Calcutta medical institutions reports 1892-1900
Year: 1892
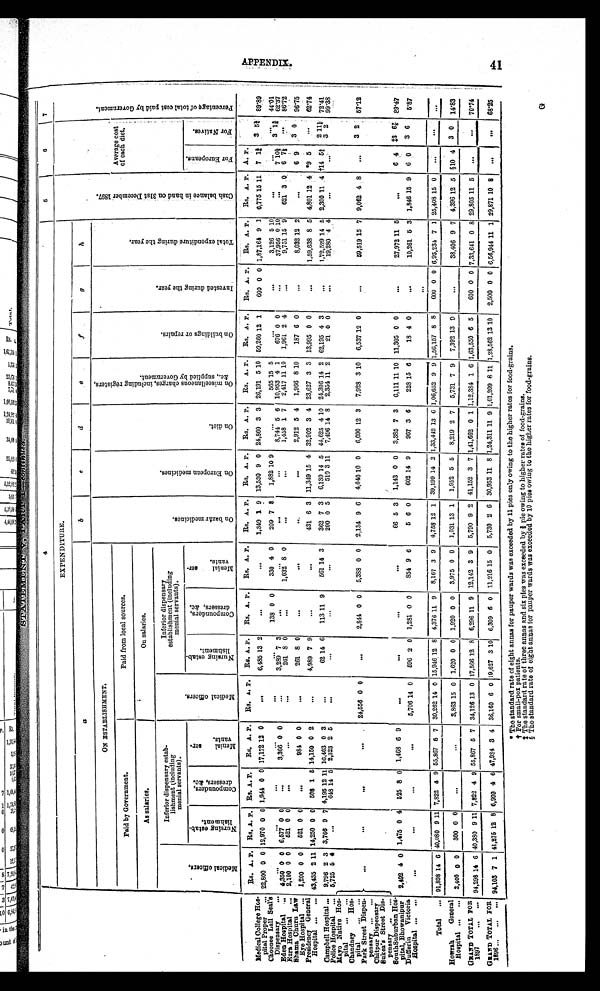
4
5
6 7
EXPENDITURE.
C a s h b a l a n c e i n h a n d o n 3 1 s t D e c e m b e r 1 8 9 7 .
A v e r a g e c o s t o f e a c h d i e t .
P e r c e n t a g e o f t o t a l c o s t p a i d b y G o v e r n m e n t .
a
b
c
d
e
f
g
h
ON ESTABLISHMENT
O n b a z a r m e d i c i n e s .
O n E u r o p e a n m e d i c i n e s .
O n d i e t .
O n m i s c e l l a n e o u s c h a r g e s , i n c l u d i n g r e g i s t e r s , & c . , s u p p l i e d b y G o v e r n m e n t .
O n b u i l d i n g o r r e p a i r s .
I n v e s t e d d u r i n g t h e y e a r .
T o t a l
e x p e n d i t u r e d u r i n g t h e y e a r .
Paid by Government.
Paid from local sources.
As salaries.
O n s a l a r i e s .
M e d i c a l o f f i c e r s .
Inferior dispensary estab-
lishment (including
menial servants).
M e d i c a l o f f i c e r s .
Inferior dispensary
establishment (including
menial servants).
N u r s i n g e s t a b - l i s h m e n t .
C o m p o u n d e r s , d r e s s e r s , & c .
M e n i a l s e r - v a n t s .
N u r s i n g e s t a b - l i s h m e n t .
C o m p o u n d e r s , d r e s s e r s , & c .
M e n i a l s e r - v a n t s .
F o r E u r o p e a n s .
F o r N a t i v e s .
Rs. A. P.
Rs. A. P.
Rs. A.P.
Rs. A. P.
Rs. A.P.
Rs. A. P.
Rs. A. P.
Rs. A. P.
Rs. A. P.
Rs. A. P.
Rs. A. P.
Rs. A. P.
Rs. A. P.
Rs. A. P.
Rs. A. P.
Rs. A. P.
A. P.
Medical College Hos-
pital Proper . . . 22,800 0 0 12,970 0 0 1,944 0 0 17,172 12 0
. . .
6,485 13 2
. . .
. . .
1,349 1
9 13,530 9 0
24,860 3 3 26,191 5 10 59,260 12 1
6 0 0 0 0 1,87,164 9
1 6,775 15 11
7 1<i l l egi bl e>
3 5 < i l l e g i b l e > 89.89
Choonee Lall Seal's
Di spensary . . .
. . .
. . .
. . .
. . .
. . .
. . .
138 0 0
330 4 0
209 7 8
1,882 10 9
. . .
565 15 5
. . . . . .
3,126 5 10
. . . . . .
. . .
4 4.01
3,289 7 3
. . .
. . .
. . .
. . .
8,744 5 6
10,953 4 1
676 0 0
37,956 0 10
3
1 ¾ 62.37
1 0 ½
3,366 0 0
. . . 7
Eden Hospital . . .
4,350 0 0
6,577 0 0
. . .
. . .
. . .
8 0
. . .
1,032
8 0
. . .
. . .
1,458 1 7
2,417 11 10
1,961 2 4
9,751 15 9
621 3 0
6 7½
. . .
86.72
261
Ezra Hospital . . .
2,100 0 0
521 0 0
. . .
. . .
. . .
. . .
Shama Churn Law
Eye Hospital . . .
1,200 ,
0 0
521 0 0
. . .
984 0 0
. . .
261 8 0
. . .
. . .
. . .
. . .
2,912 5 4
1,966 8 10
187 6 0
. . . 8,032 12 2
. . . 6 9
3
0
96.75
Presidency General
Hospital . . . 43 435
2 11 14,250 0 0
508 1
5 14,150 0 2
. . .
4,989 7 9
. . .
. . .
431 6 3
11,349 15 4 32,902 3 4 23,627 3 3
13,995 0 0
. . .
1,59,638 8 5
4,801 12 4
* 9 5
. . .
62.74
62 14 6
113 11 9
561 14 3
362 7 3
6,139
1 4 5 44,625 4 10 24,306 14 2 62,195 4 3
. . .
1,72,529 14 5
2,300 11 4 †14
5 4 / 5 2
1 1 < i l l e g i b l e > 72.41
Campbell Hospital . . .
9,796 2 3 3,766 9 7 4,195 12 11 16,403 0 3
. . .
0
5
510 3 11
7,496 14 8
2,354 11 2
200
21 0 0
3
Police Hospital . . .
5,725
5 4
. . .
648 14 5
2,323 2 5
. . .
. . .
. . .
. . .
. . . 19,280 4 4
. . .
. . .
2
99.38
Mayo Native Hos -
pital . . .
. . .
. . .
. . .
. . .24,556 0 0
. . .
2,844 0 0
5,388 0 0
2,134 9 6
4,040 10 0
6,090 12 3
7,928 3 10
6,537 12 0
. . .
59,519 15 7
9,062 4 8
. . .
3 2
57.12
Chandney Hos-
pital . . .
Park Street Dispen-
pensary . . .
Chitpur Dispensary
Sukea's Street Dis-
pensary . . .
SouthSuburban Hos-
pital, Bhowanipur
2,492 4 0 1,475 0 4
525 8 0 1,468 6 9
. . .
. . .
. . .
. . .
66 5 3
1,143 0 0
3,385 7 3
6,111 11 10
11,305 0 0
. . .
27,972 11 5
. . .
6 4
‡ 3
6 7 / 8 89.47
Dufferin Victoria
Hospital . . .
. . .
. . .
. . .
. . . 5,706 14 0
596 2 0
1,281 0 0
854
9
6
5
6
0
602
1 4
9
967 3 6
228 15
6
18 4 0
. . .
10,261 5 3 1,846 15 9
6 0
3 6
5.87
. . .
Total . . .
9 1 , 8 9 8 1 4 6
4 0 , 0 8 0 9 1 1 7,822
4 9 55,867 6 7
30,262 14 0 15,946 12 8
4,376 11 9
8,167 3 9
4,758 12 1
39,199 14 2 1,33,442 13 6 1,06,652 9 9 1,56,157 8 8
600 0 0 6,95,234 7 1 25,408 15 0
. . .
. . .
. . .
Howrah General
Hospital . . .
2,400
0 0
300 0 0
. . .
. . .
3,863 15 0 1,620 0 0 1,920 0 0
3,975 0 0
1,031 13 1
1,952 5 5
8,219 2 7
5,731 7 9
7,392
1 3
9
. . .
38,406 9 7 4,396 12 5 §10 4
3 0
14.83
GRAND TOTAL FOR
1 8 9 7 . . .
94, 298 14 6 40,380 9 11 7,822 4 9 55,867 5 7 34,126 13 0 17,566 12 8
6,296
1 1 9 12,142 3 9
5,790 9 2 41,152 3 7 1,41,662 0 1 1,12,384 1 6 1,63,550 6 5
600 0 0 7,33,641 0 8 29,805 11 5
. . .
. . .
70.74
GRAND TOTAL FOR
1896 . . . 94,103 7 1 41,275 12 8 6,999 4 6 47,984 3 4
3 6 , 1 6 0
6 0 19,627 3
1 0 6,309 6 0 11,216
1 5 0
5,730
2
6
30,953 11 8 1,24,311 11 9 1,01,209 8
1 , 0 1 , 2 8 , 5 6 2
13 10
2,500 0 0 6,56,944 11
29,871 10 8
. . .
. . .
68.25
* The standard rate of eight annas for pauper wards was exceeded by 11 pies only owing to the higher rates for food-grains.
†For small-pox patients.
‡ T h e s t a n d a r d r a t e o f t h r e e a n n a s a n d s i x p i e s w a s e x c e e d e d b y < i l l e g i b l e > 7 / 8 p i e o w i n g t o h i g h e r r a t e s o f f o o d - g r a i n s .
§ The standard rate of eight annas for pauper wards was exceeded by 10 pies owing to the higher rates for food-grains.
APPENDI X.